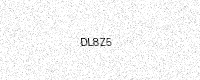
Text: DL8Z5